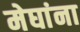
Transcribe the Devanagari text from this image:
मेघांना